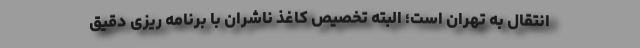
انتقال به تهران است؛ البته تخصیص کاغذ ناشران با برنامه ریزی دقیق